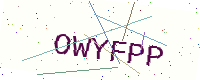
Text: OWYFPP